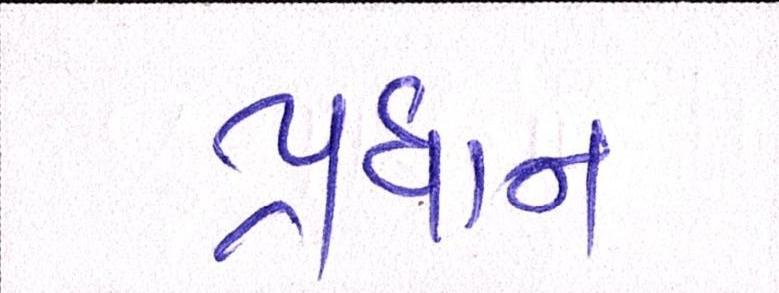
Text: પ્રધાન